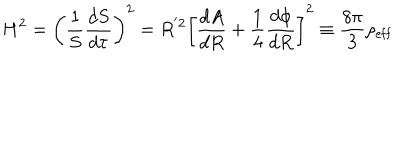
LaTeX: H ^ { 2 } = \left( \frac { 1 } { S } \frac { d S } { d \tau } \right) ^ { 2 } = R ^ { ' 2 } \left[ \frac { d A } { d R } + \frac { 1 } { 4 } \frac { d \phi } { d R } \right] ^ { 2 } \equiv \frac { 8 \pi } { 3 } \rho _ { \mathrm { e f f } }